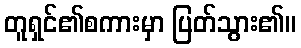
တူရှင်၏စကားမှာ ပြတ်သွား၏။